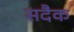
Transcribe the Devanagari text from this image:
सदैक